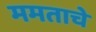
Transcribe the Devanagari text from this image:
ममताचे